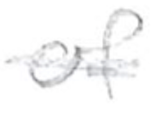
Text: of
Cross-out: single-line
Writing tool: pencil